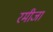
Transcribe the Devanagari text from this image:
रमीजा